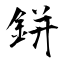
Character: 鉼